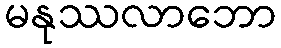
မနုဿလာဘော